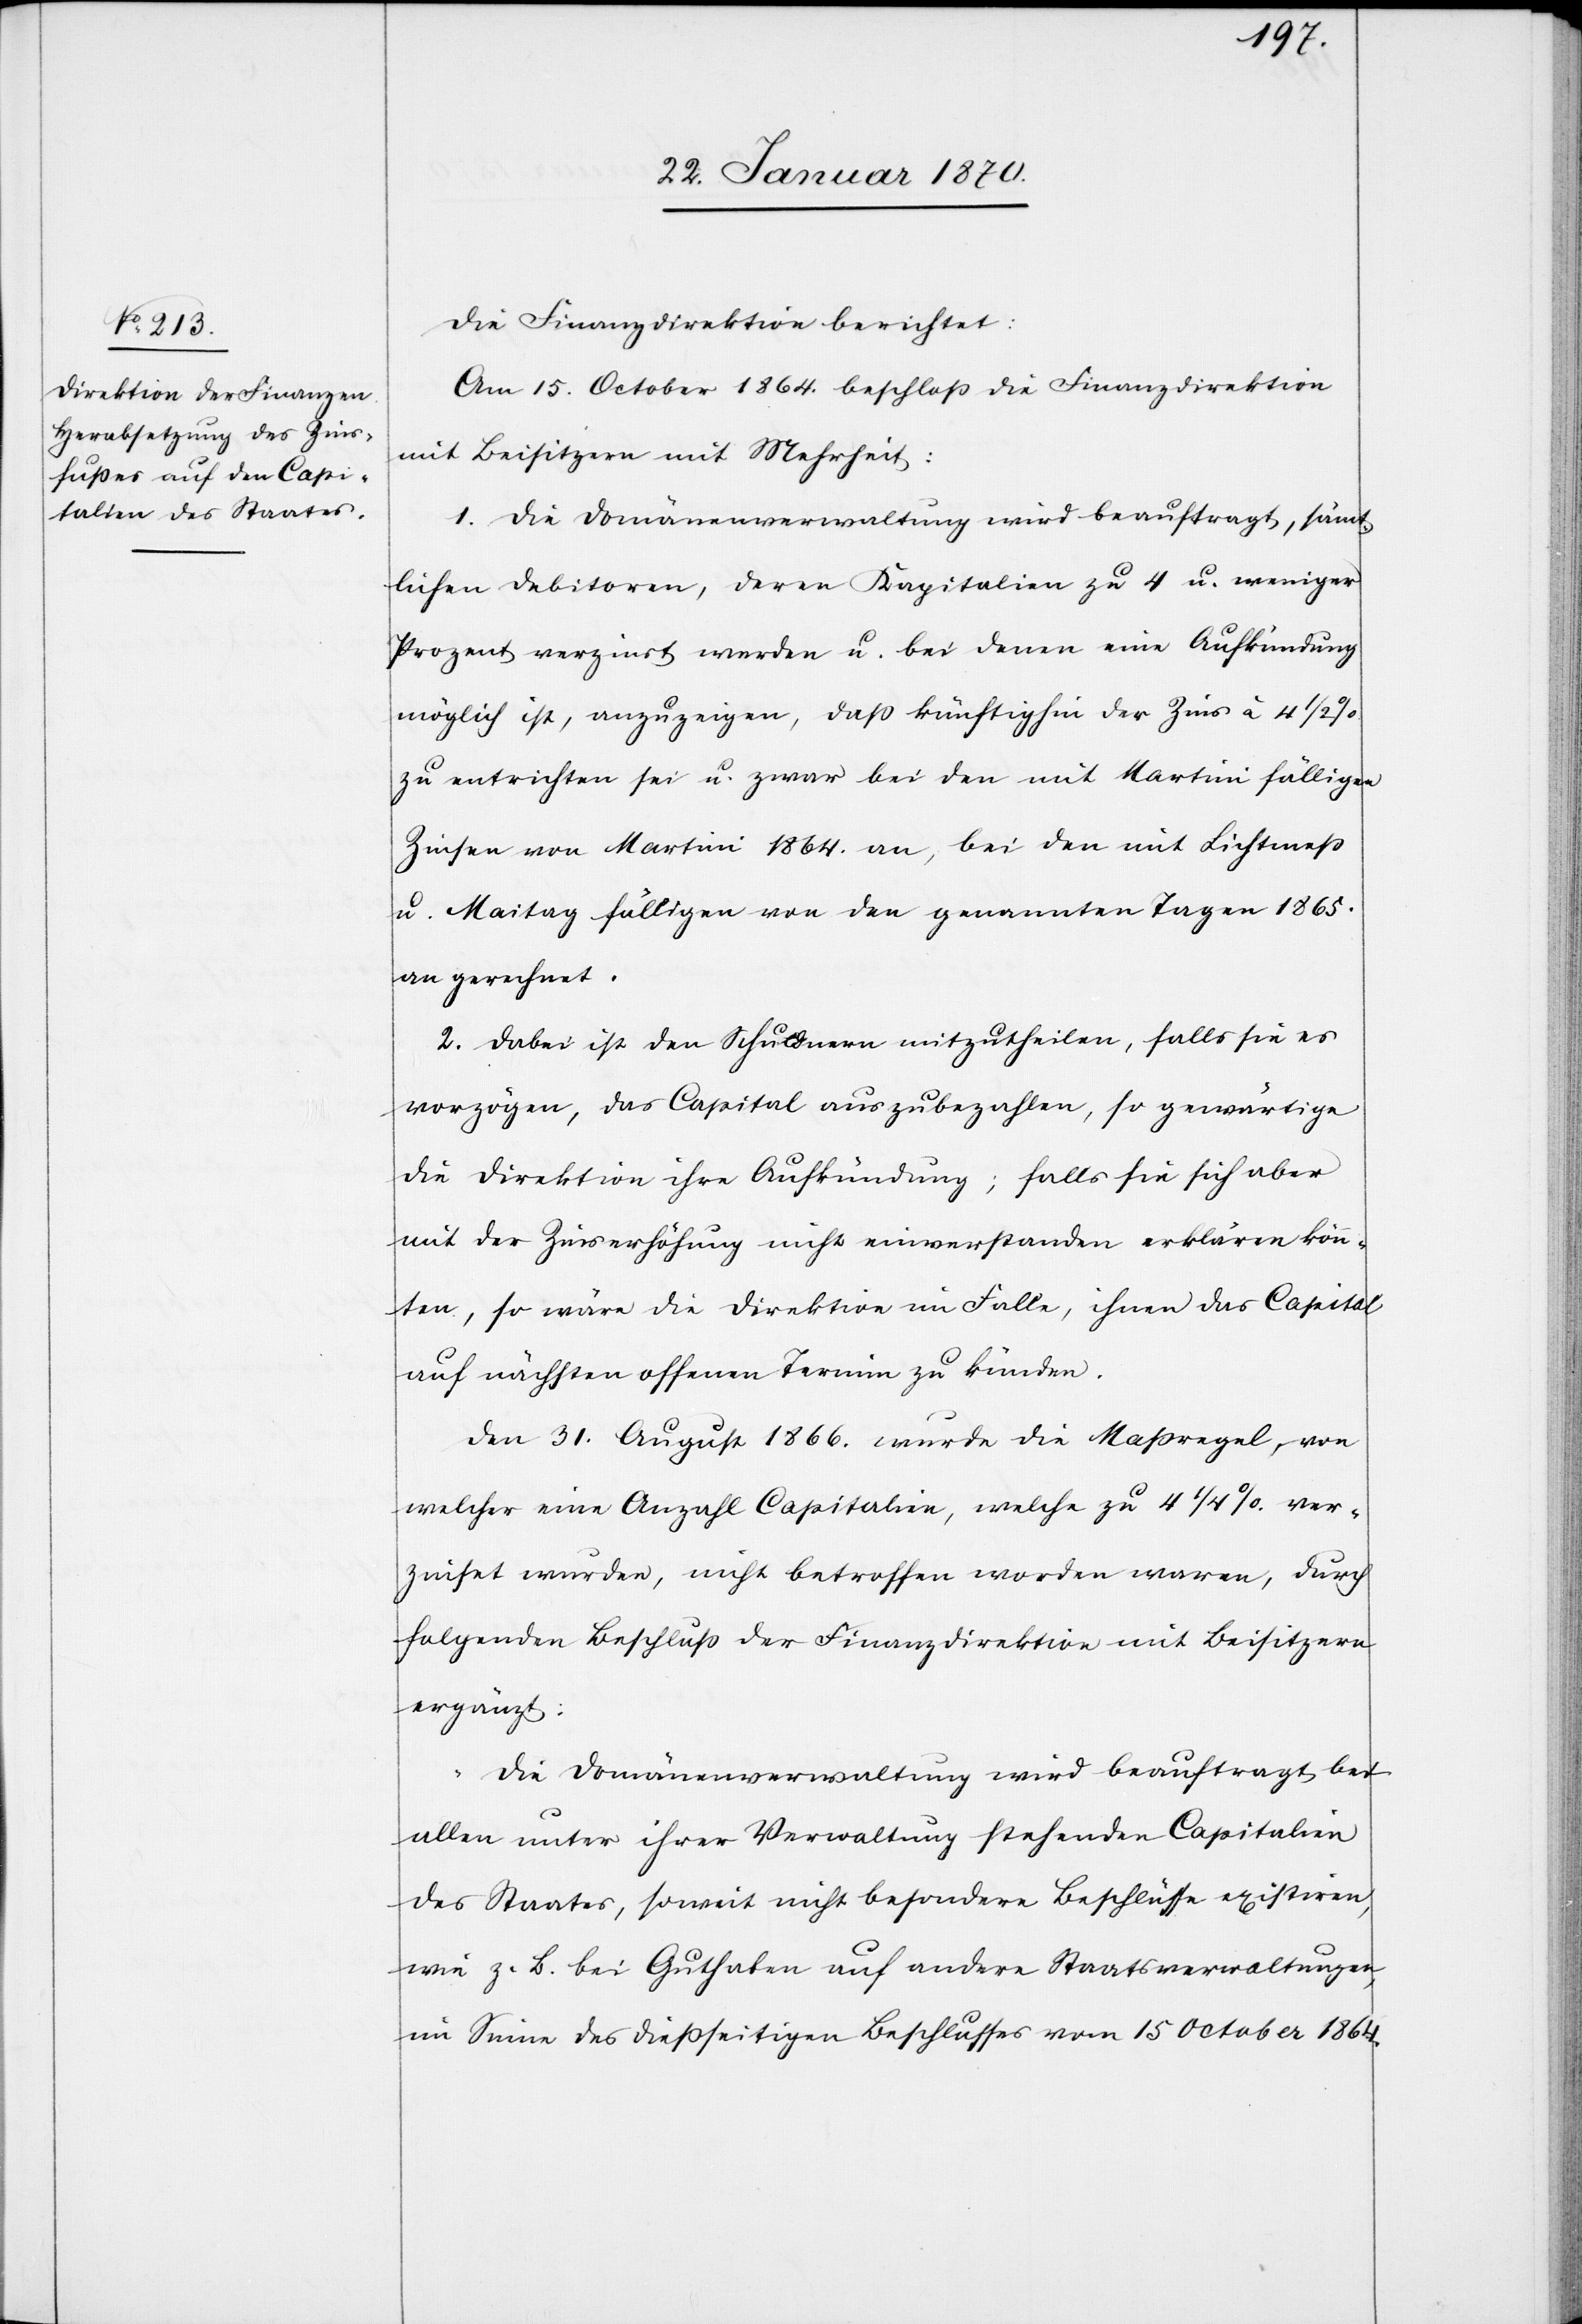
Die Finanzdirektion berichtet:
Am 15. October 1864 beschloß die Finanzdirektion
mit Beisitzern mit Mehrheit:
1. Die Domänenverwaltung wird beauftragt, sämt¬
lichen Debitoren, deren Kapitalien zu 4 u. weniger
Prozent verzinst werden u. bei denen eine Aufkündung
möglich ist, anzuzeigen, daß künftighin der Zins à 4 1/2%
zu entrichten sei u. zwar bei den mit Martini fälligen
Zinsen von Martini 1864. an, bei den mit Lichtmeß
u. Maitag fälligen von den genannten Tagen 1865.
an gerechnet.
2. Dabei ist den Schuldnern mitzutheilen, falls sie es
vorzögen, das Capital auszubezahlen, so gewärtige
die Direktion ihre Aufkündigung; falls sie sich aber
mit der Zinserhöhung nicht einverstanden erklären könn¬
ten, so wäre die Direktion im Falle, ihnen das Capital
auf nächsten offenen Termin zu künden.
Den 31. August 1866. wurde die Maßregel, von
welcher eine Anzahl Capitalien, welche zu 4 1/4% ver¬
zinset wurden, nicht betroffen worden waren, durch
folgenden Beschluß der Finanzdirektion mit Beisitzern
ergänzt:
„Die Domänenverwaltung wird beauftragt bei
allen unter ihrer Verwaltung stehenden Capitalien
des Staates, soweit nicht besondere Beschlüsse existiren,
wie z. B. bei Guthaben auf andere Staatsverwaltungen,
im Sinne des dießseitigen Beschlusses vom 15 October 1864.